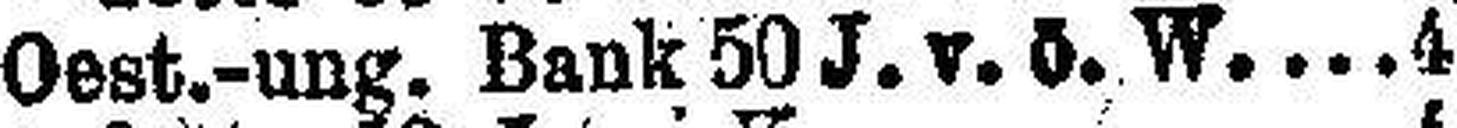
Oest.-ung. Bank 50 J. v. ö. W 4